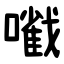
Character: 㘍